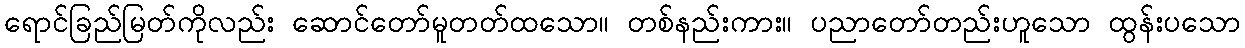
ရောင်ခြည်မြတ်ကိုလည်း ဆောင်တော်မူတတ်ထသော။ တစ်နည်းကား။ ပညာတော်တည်းဟူသော ထွန်းပသော